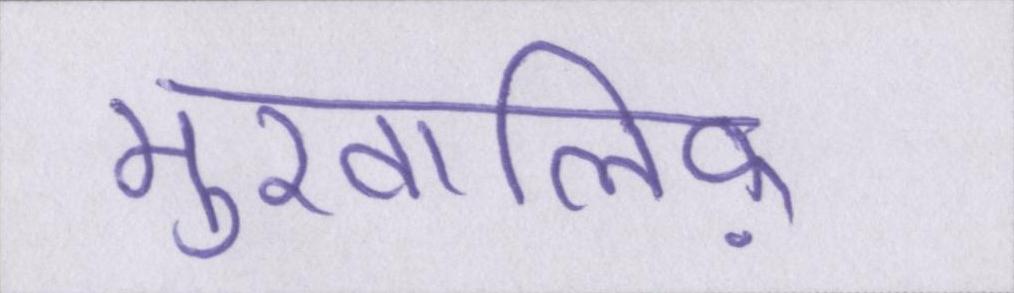
मुखालिफ़